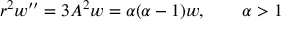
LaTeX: r ^ { 2 } w ^ { \prime \prime } = 3 A ^ { 2 } w = \alpha ( \alpha - 1 ) w , \qquad \alpha > 1